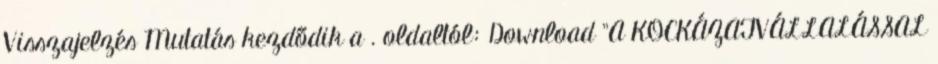
Visszajelzés Mutatás kezdődik a . oldaltól: Download "A KOCKÁZATVÁLLALÁSSAL